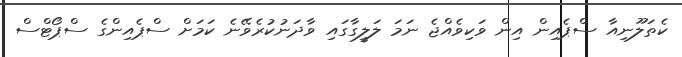
ކެތަލޫނިއާ ސްޕެއިން އިން ވަކިވެއްޖެ ނަމަ ލަލީގާގައި ވާދަނުކުރެވޭނެ ކަމަށް ސްޕެއިންގެ ސްޕޯޓްސް